Indian journal of veterinary science and animal husbandry - Volume 11,
Year: 1941
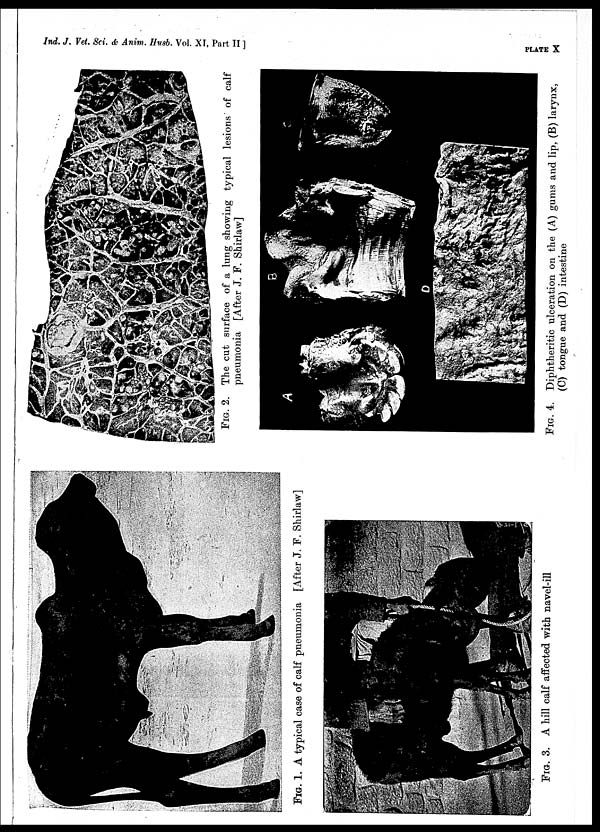
Ind. J. Vet. Set. & Anim. Husb. Vol. XI, Part II ]
PLATE
X
FIG. 1. A typical case of calf pneumonia [After J. F. Shirlaw]
FIG. 2. The cut surface of a lung showing typical lesions of calf
pneumonia [After J. F. Shirlaw]
FIG. 3. A hill calf affected with navel-ill
FIG. 4. Diphtheritic ulceration on the (A) gums and lip, (B) larynx,
(C) tongue and (D) intestine